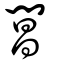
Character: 閶